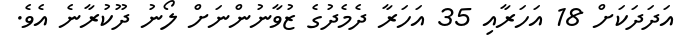
އަދަދަކަށް 18 އަހަރާއި 35 އަހަރާ ދެމެދުގެ ޒުވާނުންނަށް ލޯނު ދޫކުރާނެ އެވެ.